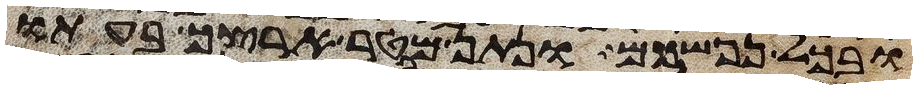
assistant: ובכל נפשכם ונתן מטר ארצך בעתו